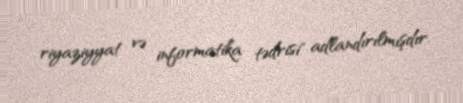
riyaziyyat və informatika tədrisi" adlandırılmışdır.